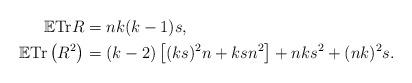
LaTeX: \begin{align*}\mathbb E \mathrm{Tr} R &= nk(k-1)s, \\\mathbb E \mathrm{Tr} \left( R^2 \right) &= (k-2)\left[ (ks)^2n +ks n^2 \right] + nks^2 + (nk)^2s. \end{align*}